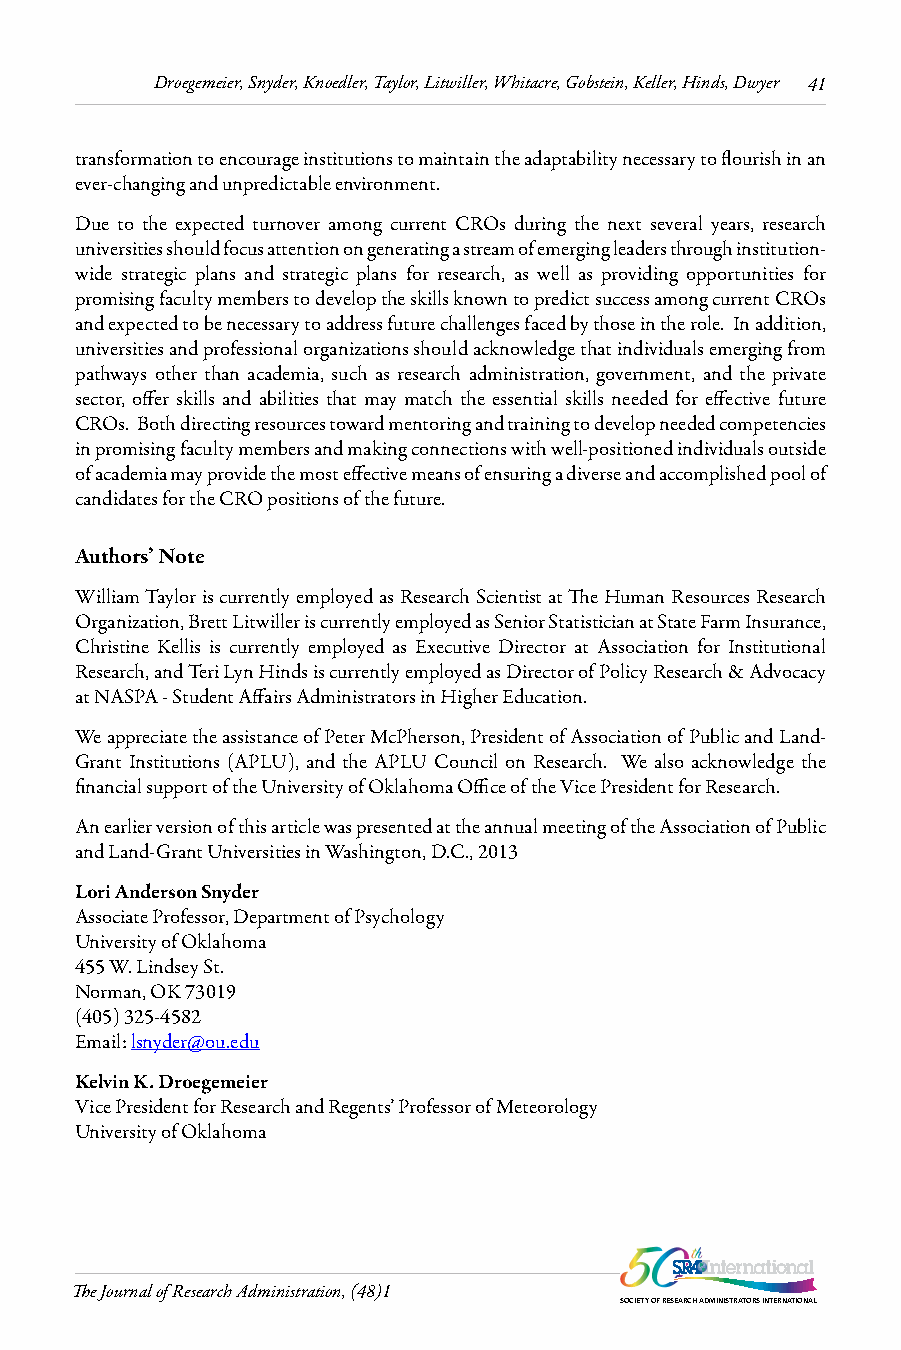
Droegemeier, Snyder, Knoedler, Taylor, Litwiller, Whitacre, Gobstein, Keller, Hinds, Dwyer 41
 transformation to encourage institutions to maintain the adaptability necessary to flourish in an
 ever-changing and unpredictable environment.
 Due to the expected turnover among current CROs during the next several years, research
 universities should focus attention on generating a stream of emerging leaders through institution-
 wide strategic plans and strategic plans for research, as well as providing opportunities for
 promising faculty members to develop the skills known to predict success among current CROs
 and expected to be necessary to address future challenges faced by those in the role. In addition,
 universities and professional organizations should acknowledge that individuals emerging from
 pathways other than academia, such as research administration, government, and the private
 sector, offer skills and abilities that may match the essential skills needed for effective future
 CROs. Both directing resources toward mentoring and training to develop needed competencies
 in promising faculty members and making connections with well-positioned individuals outside
 of academia may provide the most effective means of ensuring a diverse and accomplished pool of
 candidates for the CRO positions of the future.
 Authors’ Note
 William Taylor is currently employed as Research Scientist at The Human Resources Research
 Organization, Brett Litwiller is currently employed as Senior Statistician at State Farm Insurance,
 Christine Kellis is currently employed as Executive Director at Association for Institutional
 Research, and Teri Lyn Hinds is currently employed as Director of Policy Research & Advocacy
 at NASPA - Student Affairs Administrators in Higher Education.
 We appreciate the assistance of Peter McPherson, President of Association of Public and Land-
 Grant Institutions (APLU), and the APLU Council on Research. We also acknowledge the
 financial support of the University of Oklahoma Office of the Vice President for Research.
 An earlier version of this article was presented at the annual meeting of the Association of Public
 and Land-Grant Universities in Washington, D.C., 2013
 Lori Anderson Snyder
 Associate Professor, Department of Psychology
 University of Oklahoma
 455 W. Lindsey St.
 Norman, OK 73019
 (405) 325-4582
 Email: lsnyder@ou.edu
 Kelvin K. Droegemeier
 Vice President for Research and Regents’ Professor of Meteorology
 University of Oklahoma
 The Journal of Research Administration, (48)1
 SOCIETY OF RESEARCH ADMINISTRATORS INTERNATIONAL